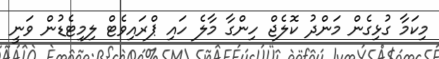
މިކަމާ ގުޅިގެން މަންދު ކޮލެޖް ހިންގާ މާލެ ހައި ޕްރައިވެޓް ލިމިޓެޑުން ވަނީ